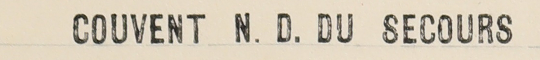
COUVENT N.D. DU SECOURS